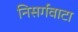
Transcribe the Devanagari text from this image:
निसर्गवाटा